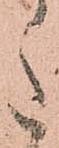
意